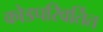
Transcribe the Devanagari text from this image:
कोडपरिवर्तित